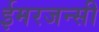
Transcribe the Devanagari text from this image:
ईमरजन्सी